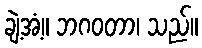
ချဲ့အံ့။ ဘဂဝတာ၊ သည်။